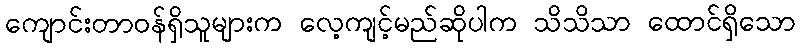
ကျောင်းတာဝန်ရှိသူများက လေ့ကျင့်မည်ဆိုပါက သိသိသာ ထောင်ရှိသော